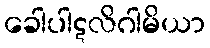
ခေါပါဋလိဂါမိယာ